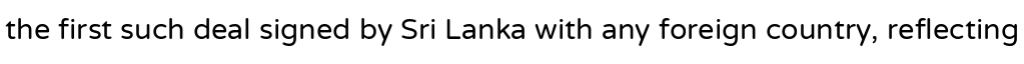
the first such deal signed by Sri Lanka with any foreign country, reflecting